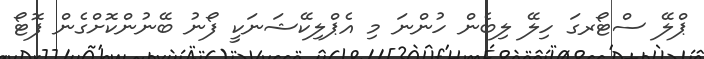
ޕްލޭ ސްޓޯރގަ ހިލޭ ލިބެން ހުންނަ މި އެޕްލިކޭޝަނަކީ ފޯނު ބޭނުންކޮށްގެން ފޮޓޯ